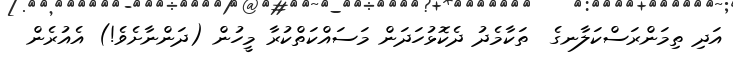
އަދި ތިމަންރަސްކަލާނގެ  ތަކާމެދު ދެކޮޅުހަދަން މަސައްކަތްކުރާ މީހުން (ދަންނާށެވެ!) އެއުރެން